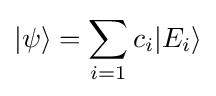
|\psi \rangle =\sum _{i=1}c_{i}|E_{i}\rangle